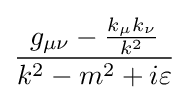
{\frac {g_{\mu \nu }-{\frac {k_{\mu }k_{\nu }}{k^{2}}}}{k^{2}-m^{2}+i\varepsilon }}